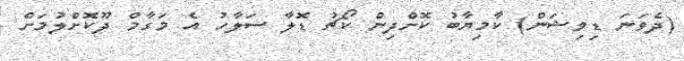
(ދެވަނަ ޑިވިޝަން) ކާމިޔާބު ކޮށްދިން ކޯޗު ޑޮލާ ސަލާހު އެ މަގާމް ދޫކޮށްލުމަށް